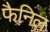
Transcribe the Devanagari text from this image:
फैनिल